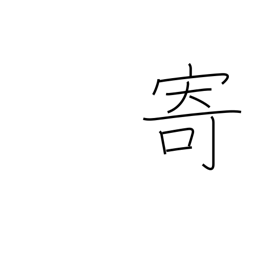
Meaning: bring near